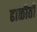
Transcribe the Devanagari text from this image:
ढाळीती